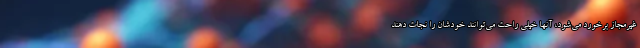
غیرمجاز برخورد می‌شود، آنها خیلی راحت می‌توانند خودشان را نجات دهند